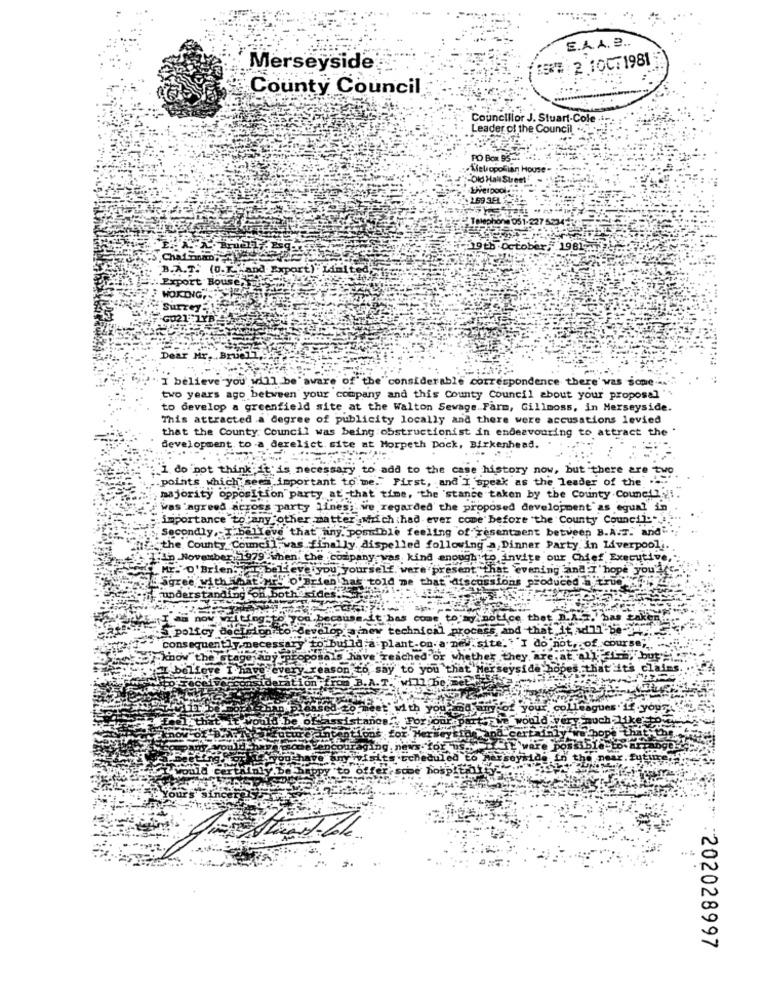
E.A.A. B ..
5 2 100: 1981
Merseyside
County Council
Councillor J. Stuart-Cole
Leader of the Council
PO Box 95-4
.Mieliopoliian House-
"Old Hall Street"
Liverpool ... .
159.5EL
aphone 051-227 5234-
19th October
1981
Chaf no
B.A.T. (0.T. H.and Export
Export House
HOKING,
SurTey
GO21
De
I believe you' will be aware of the considerable correspondence there' was some --
two years ago between your company and this County Council about your proposal
to develop a greenfield site at the Walton Sewage. Farm, Gillmoss, in Merseyside.
This attracted .a degree of publicity locally and there were accusations levied
that the County Council was being :obstructionist in endeavouring to attract the .
development to a derelict site at Morpeth Dock, Birkenhead.
I do not think It is necessary to add to the case history now, but there are two
.points, which sees important to me." First, and I speak as the leader of the ...
majority opposition party at that time, "the 'stance taken by the County Councilyi.
was 'agreed across party lines; we regarded the proposed development as equal in
importance to any other matter which had ever come before the County Council ....
Secondly, T.believe that any, posible feeling of resentment between B.A.T. and".
the County Council was finally, dispelled following a Dinner Party, in Liverpooli.
1'in November 1979 when the company was kind enough to invite our Chief Executive,
Mr
O'Brien
I believe you yourself, were present that evening and T'hope you're
agree with what Mr. o'Brien has told me that discussions produced a true
understanding
on both
now
cing-to
tice that D.
zaken
polfoy decision to
deve
top
s. and tha
Ad17
I do
consequently.mecessary
w"the stage any pro
they
ve I have every
ason
de h
SOYA
:202028997